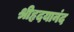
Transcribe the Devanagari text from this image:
श्रीहृदयानंद